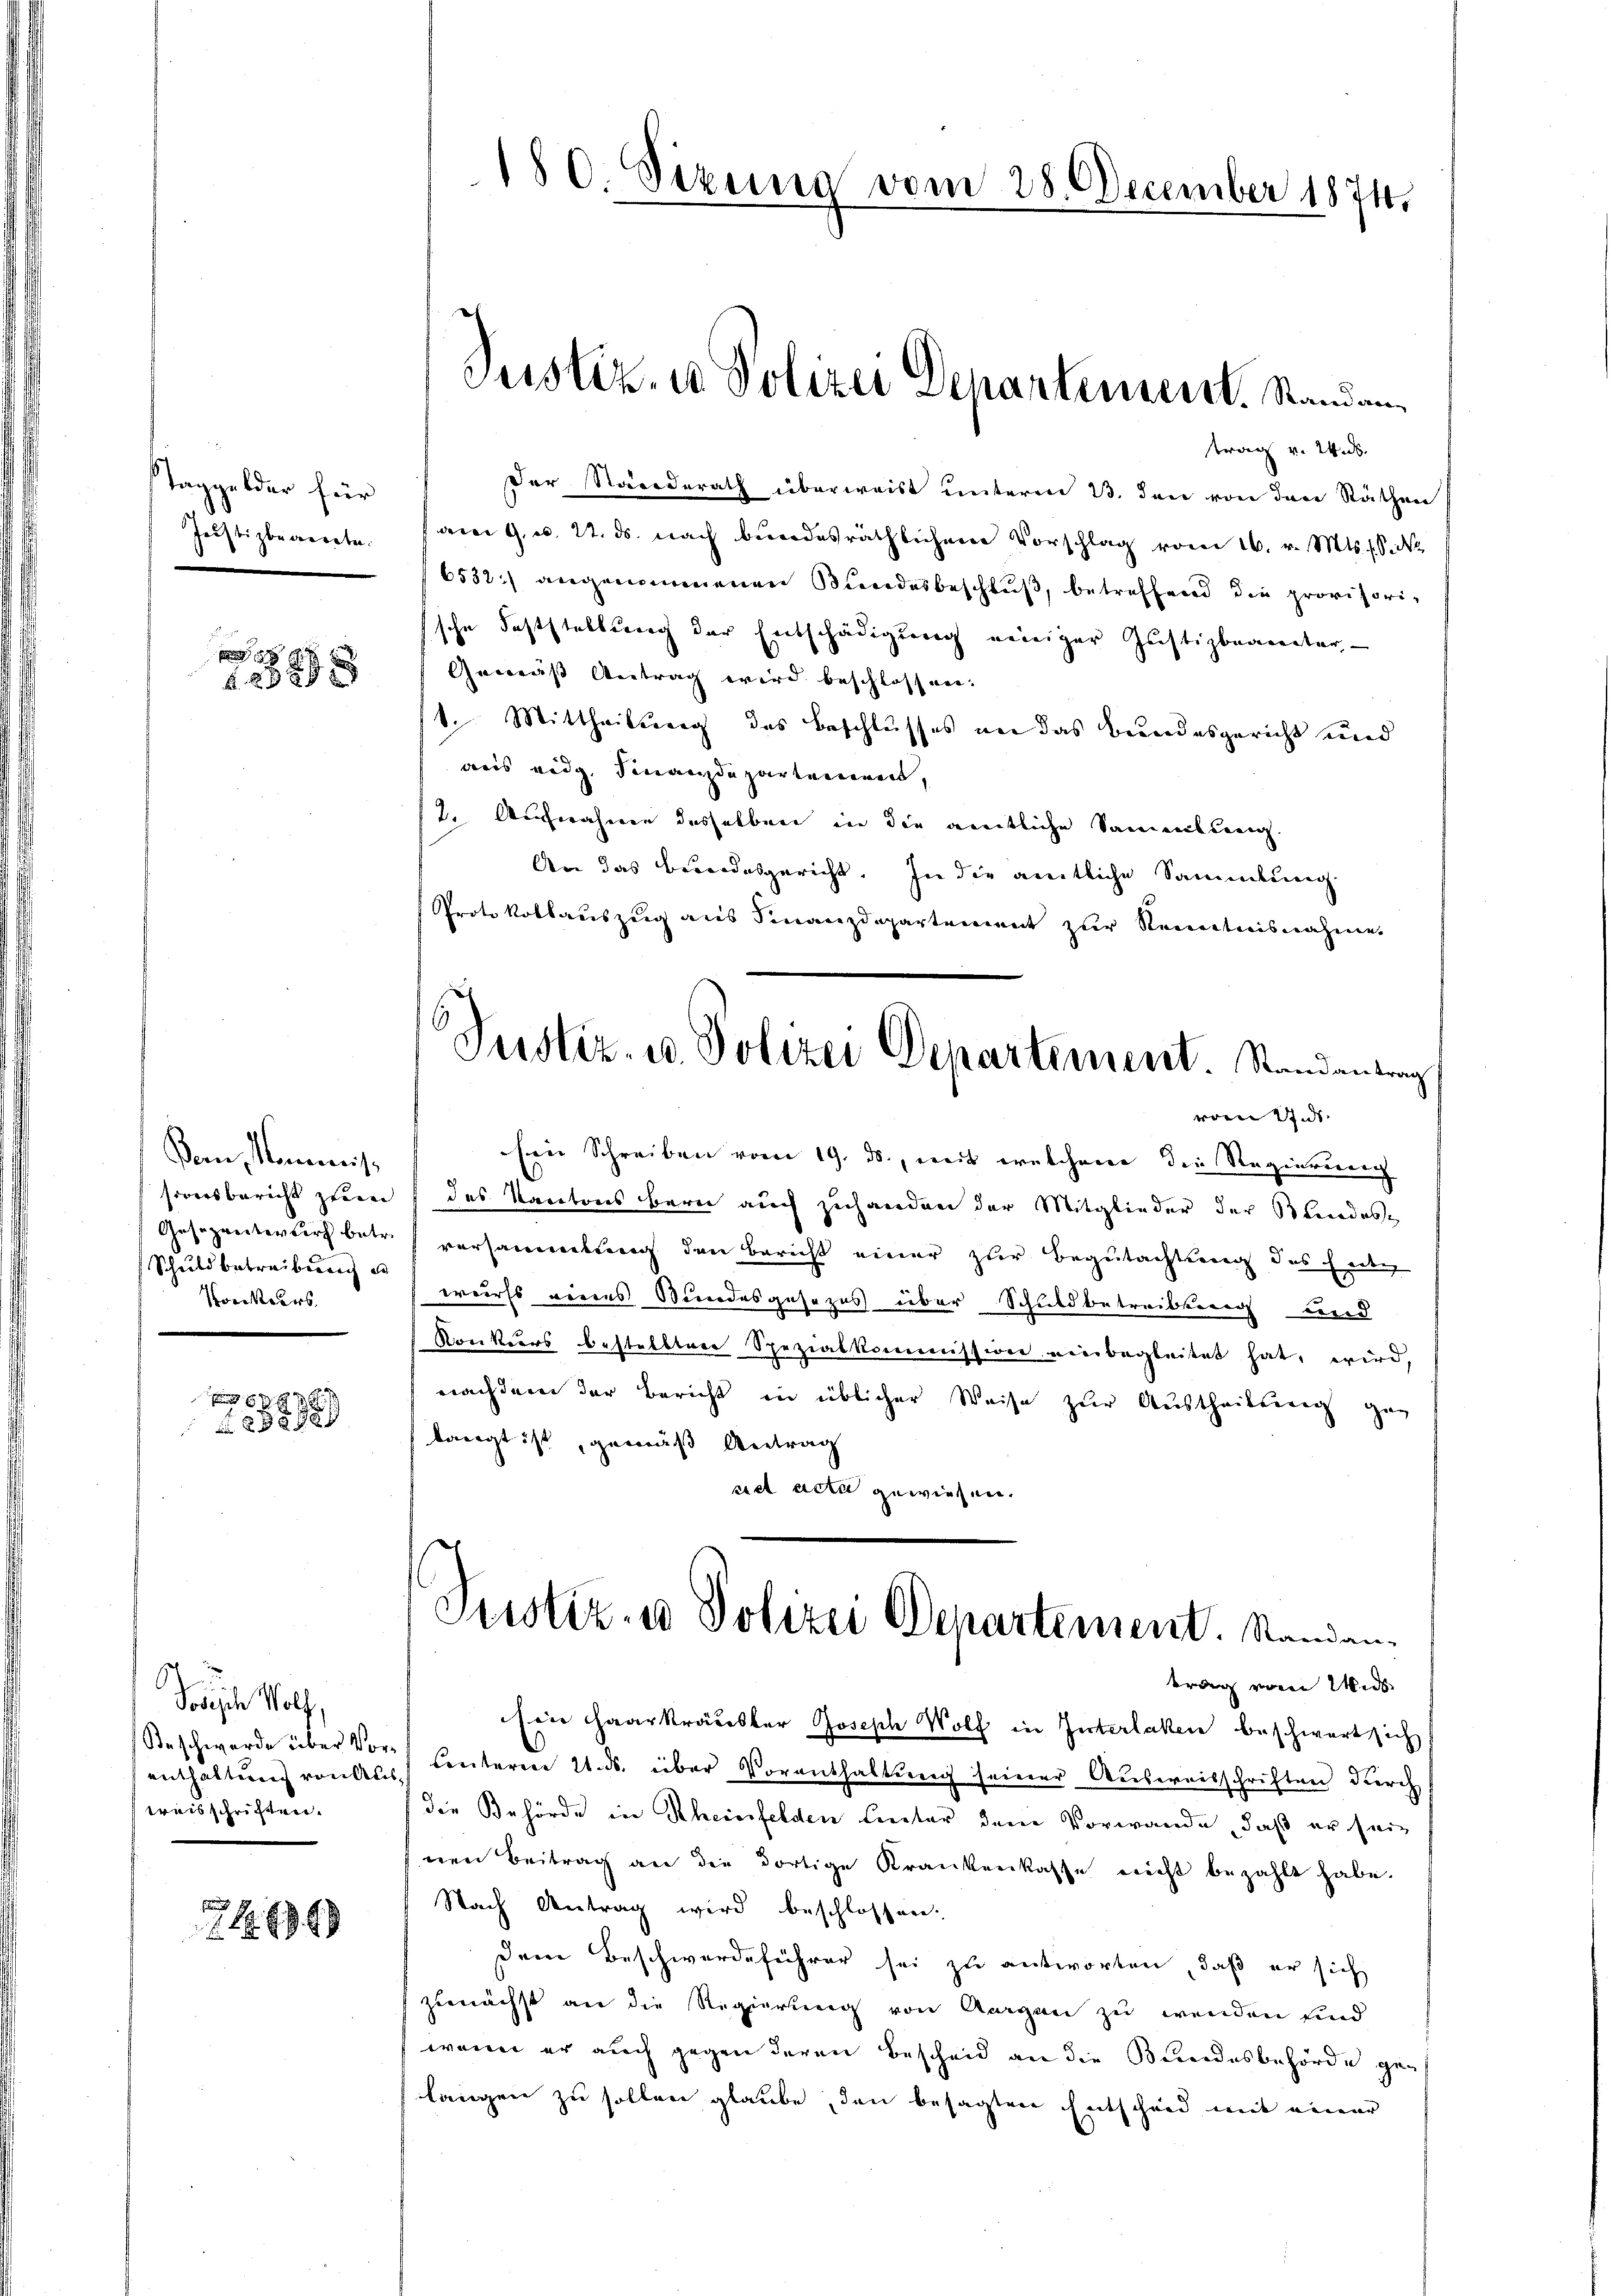
Taggelder für
Justizbewerete.

x
 23 x

Dein Mommiss
Schuldbetreibung er
Konkurs

2890
8

Sodische Wolf,
Beschwerde über Vorenthaltung von Aus
weisschriften.

1949

180. Sizung vom 28. December 1874.

trag v. 24 s.
Der Standerath überweist unterm 13. den von der Räthen
am 9. d. 21. ds. nach bundesräthlichen Vorschlag vom 16. v. Mts. S. Nr
6532) angenommenen Bundesbeschluß, betreffend die provisorische Feststellung der Entschädigung einiger Justizbeamter
Gemäß Antrag wird beschlossen.
1. Mittheilung des Beschlusses an das Bundesgericht und
aus eidg. Finanzdepartenereit,
2. Auswahnen desselben in die amtliche Samenkung.
An das Bundesgericht. In die amtliche Sammlung.
Protokollauszug aus Finanzdepartement zur Kenntnisnahme.
Ein Schreiben vom 19. ds., mit welchene die Regierung
sionsbericht zum des Kantons bern auch zuhanden der Mitglieder der Kindes-
Gesezentwurf betr. vorsammlung den Bericht einer zur Begutachtung des Faden
weirst veres Bundesgesezes über Schuldbetreibung und
Konkurs bestellten Spezialkommission einbegleitet hat, wird,
nachdem der Bericht in üblicher Weise zur Austheilung geg
langt ist, gemäß Antrag
cet acti gewiesen.
Justiz- u Polizei Departement. Standantrag vom Wid
Ein Haarkrädester Joseph Wolf in Interlaken beschwert sich
) hinterm 21. ds. über Vorenthaltung seiner Ausweisschriften durch
die Behörde in Rheinfelden leter dem Vorwande, daß er seinen Beitrag an die dortige Krankenkasse nicht bezahlt habe.
Nach Antrag wird beschlossen.
Dem Beschwerdeführer sei zu antworten, daß er sich
zunächst an die Regierung von Aargau zu wenden sind
wenn er auch gegen deren Bescheid an die Bundesbehörde gelangen zu sollen glaube, den besagten Entscheid weit einer

Justiz- u Polizei Departement. Standen

Justiz- u. Polizei Departement. Randantrag
vor uns.